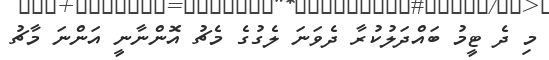
މި ދެ ޓީމު ބައްދަލުކުރާ ދެވަނަ ލެގުގެ މެޗު އޮންނާނީ އަންނަ މާޗު